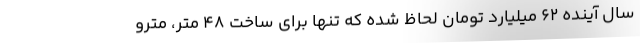
سال آینده ٦٢ میلیارد تومان لحاظ شده که تنها برای ساخت ۴۸ متر، مترو